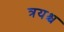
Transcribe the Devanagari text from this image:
त्रयश्च